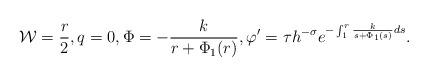
LaTeX: \begin{align*} \mathcal{W} = \frac{r}{2}, q = 0, \Phi = -\frac{k}{r + \Phi_1(r)}, \varphi' = \tau h^{-\sigma} e^{ -\int_1^r \frac{k}{s + \Phi_1(s)} ds}. \end{align*}